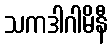
သကဒါဂါမိနီ